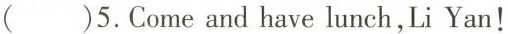
( )5.Come and have lunch, Li Yan!